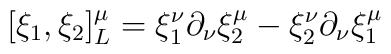
[\xi_1,\xi_2]^{\mu}_{L}=\xi^{\nu}_{1} \partial_{\nu}\xi^{\mu}_{2}-\xi^{\nu}_{2} \partial_{\nu}\xi^{\mu}_{1}